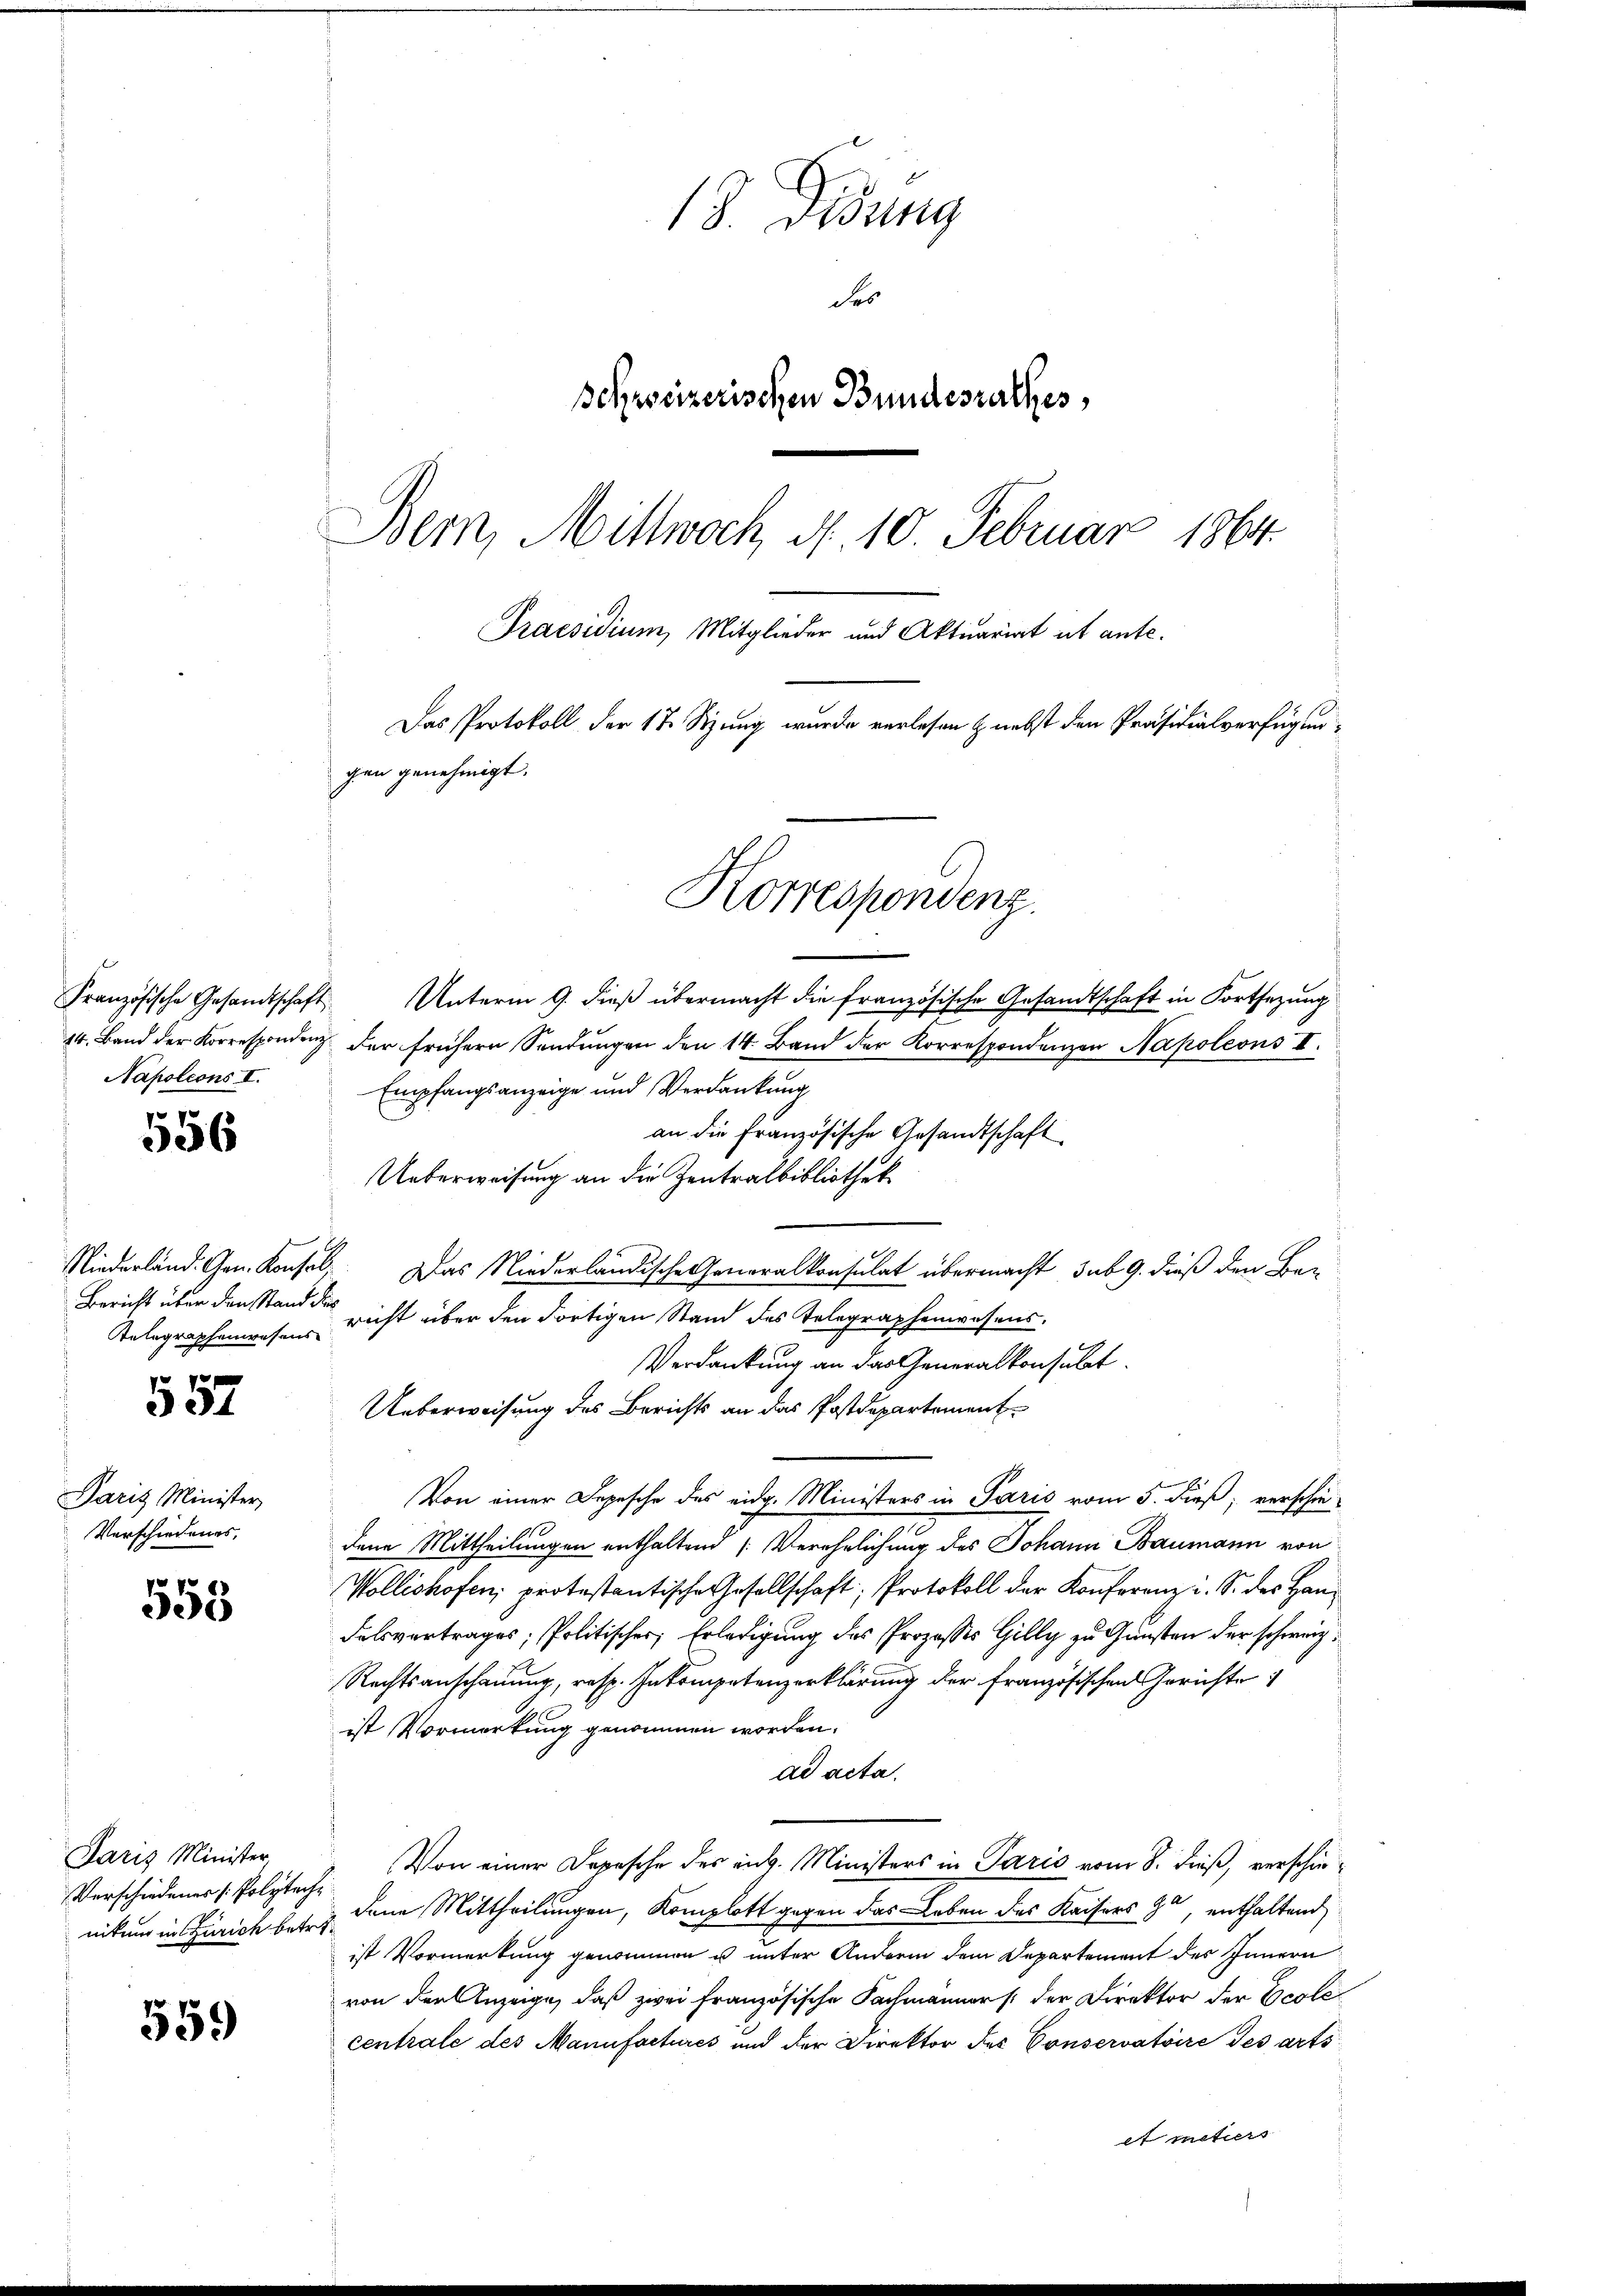
Napoleons I.

556

Telegraphenwesens

557

Paris Minister,
Verschiedenes,

553

Paris Minister
Verschiedenes (Polyteche

559

18. Didung
des
Schreizerischen Bundesrathes
Bern, Mittwoch, d. 10. Februar 1864.
Praesidium, Mitglieder und Aktuariat ut ante.
Das Protokoll der 17 Stzung wurde verlesen & nebst den Präsidialverfügungen genehmigt.

Französische Gesandtschaft Unterm 9. dieß übermacht die französische Gesandtschaft in Fortsezung
14. Band der Korrespondenz der frühern Sendŭngen den 14. Band der Korrespondenzen Napoleons II.
Empfangsanzeige und Verdankung
an die Französische Gesandtschaft
Ueberweisung an die Zentralbibliothek
Niederland. Gen. Konsel. Das Niederländische Generalkonsulat übermacht, sub. 9. dieß den Ber
Bericht über den Stand der nicht über den dortigen Stand des Telegraphenwesens.
Verdankung an das Generalkonsulat
Ueberweisung des Berichts an das Postdepartement
Von einer Depesche des eidg. Ministers in Paris vom 5. dieß, verschie-
dene Mittheilungen enthaltend Verehrlichung des Johann Baumann von
Wollishofen, protestantische Gesellschaft, Protokoll der Konferenz u. S. des Han¬
Falsvertrages, Politischer, Erledigung des Prozesses Gilly zu Gunsten der schweiz.
Rechtsanschauung, resp. Inkompetenzerklärung der französischen Gerichte
ist Vormerkung genommen worden.
ad acta.
Von einer Depesche des eit. Ministers in Paris vom 8. dieß, verschieniten in Zürich bei dene Mittheilungen, Komplott gegen das Leben des Kaisers 90, enthaltend
ist Vormerkung genommen u unter Andern dem Departement des Innern
von den Anzeige, daß zwei Französische Fachmänner /: der Direktor der Ecole
centrale des Manufactures und der Direktor des Conservatoire des arts
et meters

Korrespondenz.